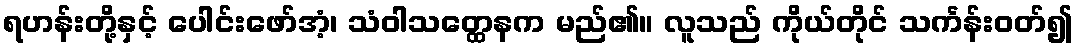
ရဟန်းတို့နှင့် ပေါင်းဖော်အံ့၊ သံဝါသတ္ထေနက မည်၏။ လူသည် ကိုယ်တိုင် သင်္ကန်းဝတ်၍